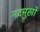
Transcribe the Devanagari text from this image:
नदमुखों